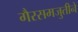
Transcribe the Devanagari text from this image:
गैरसमजुतीने